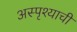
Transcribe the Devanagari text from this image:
अस्पृश्याची